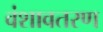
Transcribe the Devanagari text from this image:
वंशावतरण